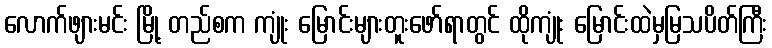
လောက်ဖျားမင်း မြို့ တည်စက ကျုံး မြောင်းများတူးဖော်ရာတွင် ထိုကျုံး မြောင်းထဲမှမြသပိတ်ကြီး